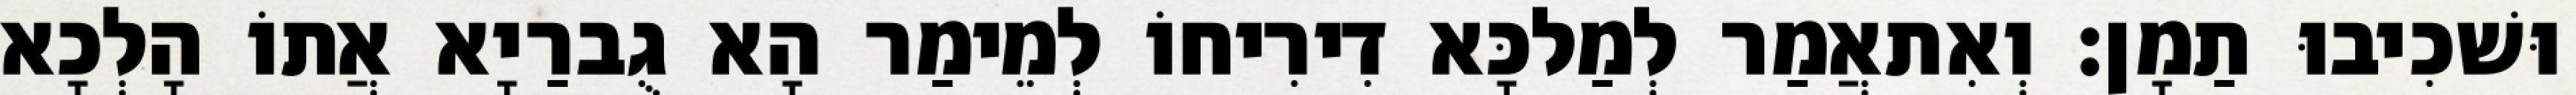
וּשׁכִיבוּ תַמָן׃ וְאִתאֲמַר לְמַלכָּא דִירִיחוֹ לְמֵימַר הָא גֻברַיָא אֲתוֹ הָלְכָא